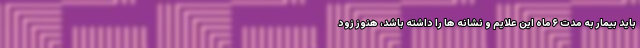
باید بیمار به مدت ۶ ماه این علایم و نشانه ها را داشته باشد، هنوز زود